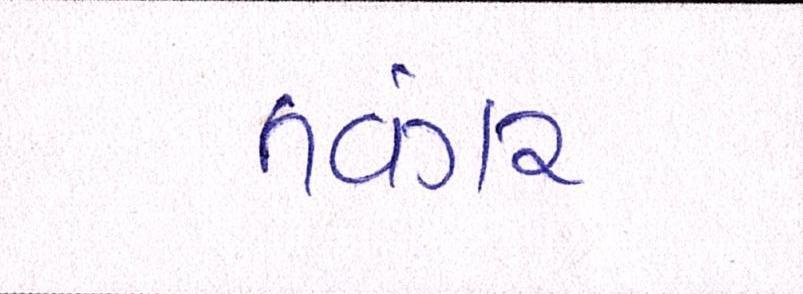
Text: તવંગર